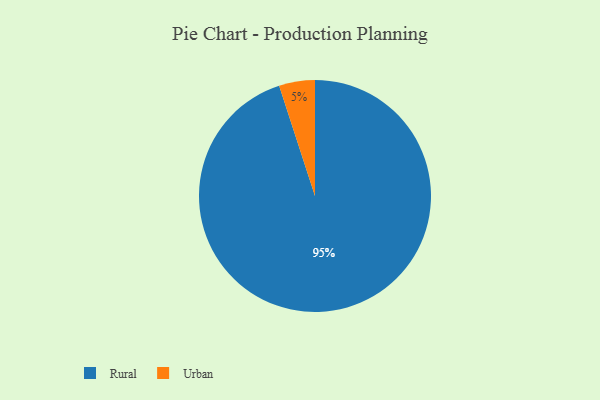
{"axis": {"x": "Category", "y": "Percentage"}, "legend": ["Rural", "Urban"], "data": [{"x": "Urban", "y": 5, "type": "Urban"}, {"x": "Rural", "y": 95, "type": "Rural"}]}